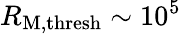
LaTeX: R_{\mathrm{M},\mathrm{thresh}}\sim 10^{5}